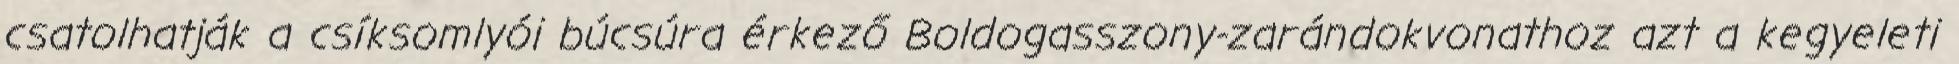
csatolhatják a csíksomlyói búcsúra érkező Boldogasszony-zarándokvonathoz azt a kegyeleti